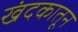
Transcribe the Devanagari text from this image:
खंदकातून